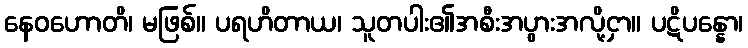
နေဝဟောတိ၊ မဖြစ်။ ပရဟိတာယ၊ သူတပါး၏အစီးအပွားအလို့ငှာ။ ပဋိပန္နော၊